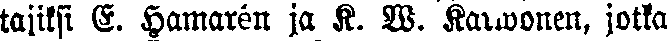
tajiksi E. Hamarén ja K. Q. Karwonen, jotka